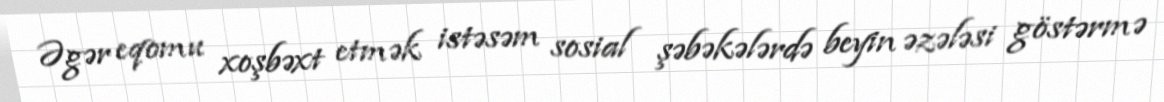
Əgər eqomu xoşbəxt etmək istəsəm sosial şəbəkələrdə beyin əzələsi göstərmə